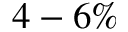
4 - 6 \%